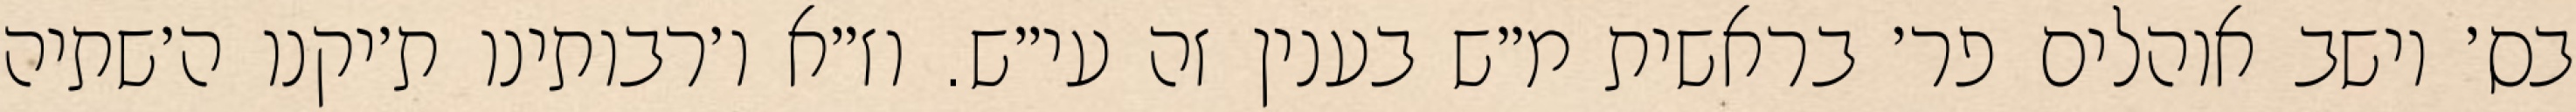
בס׳ יושב אוהלים פר׳ בראשית מ״ש בענין זה עי״ש. וז״א ו׳רבותינו ת׳יקנו ה׳שתיה